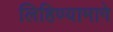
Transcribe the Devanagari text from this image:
लिहिण्यामागे